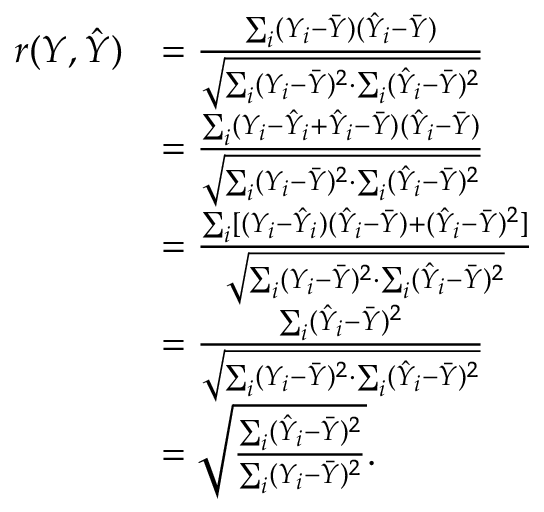
{ \begin{array} { r l } { r ( Y , { \hat { Y } } ) } & { = { \frac { \sum _ { i } ( Y _ { i } - { \bar { Y } } ) ( { \hat { Y } } _ { i } - { \bar { Y } } ) } { \sqrt { \sum _ { i } ( Y _ { i } - { \bar { Y } } ) ^ { 2 } \cdot \sum _ { i } ( { \hat { Y } } _ { i } - { \bar { Y } } ) ^ { 2 } } } } } \\ & { = { \frac { \sum _ { i } ( Y _ { i } - { \hat { Y } } _ { i } + { \hat { Y } } _ { i } - { \bar { Y } } ) ( { \hat { Y } } _ { i } - { \bar { Y } } ) } { \sqrt { \sum _ { i } ( Y _ { i } - { \bar { Y } } ) ^ { 2 } \cdot \sum _ { i } ( { \hat { Y } } _ { i } - { \bar { Y } } ) ^ { 2 } } } } } \\ & { = { \frac { \sum _ { i } [ ( Y _ { i } - { \hat { Y } } _ { i } ) ( { \hat { Y } } _ { i } - { \bar { Y } } ) + ( { \hat { Y } } _ { i } - { \bar { Y } } ) ^ { 2 } ] } { \sqrt { \sum _ { i } ( Y _ { i } - { \bar { Y } } ) ^ { 2 } \cdot \sum _ { i } ( { \hat { Y } } _ { i } - { \bar { Y } } ) ^ { 2 } } } } } \\ & { = { \frac { \sum _ { i } ( { \hat { Y } } _ { i } - { \bar { Y } } ) ^ { 2 } } { \sqrt { \sum _ { i } ( Y _ { i } - { \bar { Y } } ) ^ { 2 } \cdot \sum _ { i } ( { \hat { Y } } _ { i } - { \bar { Y } } ) ^ { 2 } } } } } \\ & { = { \sqrt { \frac { \sum _ { i } ( { \hat { Y } } _ { i } - { \bar { Y } } ) ^ { 2 } } { \sum _ { i } ( Y _ { i } - { \bar { Y } } ) ^ { 2 } } } } . } \end{array} }